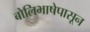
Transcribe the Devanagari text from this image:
बोलिभाषेपासून